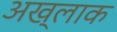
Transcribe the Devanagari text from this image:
अख्लाक